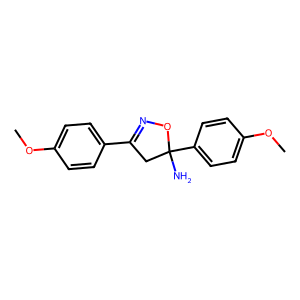
SMILES: COc1ccc(C2=NOC(N)(c3ccc(OC)cc3)C2)cc1
Inhibits HIV replication: No